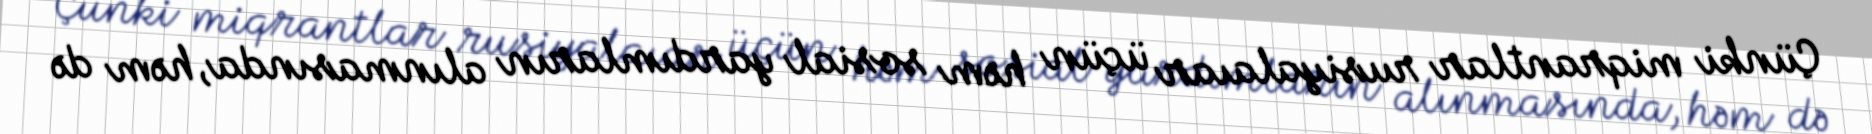
Çünki miqrantlar rusiyalaıar üçün həm sosial yardımların alınmasında, həm də